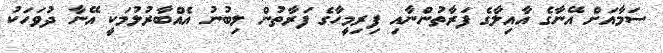
ސަމާއަށް އޭނާގެ އާއިލާގެ ފަރާތުންނާއި ފިރިމީހާގެ ފަރާތުން ލިބުނު އެއްބާރުލުމަކީ އޭނާ ދުވަހަކު